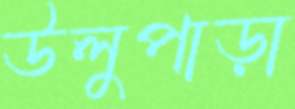
উলুপাড়া